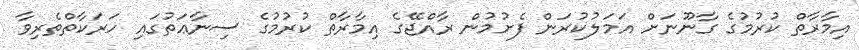
އިމާރާތް ކުރުމުގެ ގާނޫނަށް އަމަލުކުރަން ފެށުމުން ރާއްޖޭގެ އިމާރާތް ކުރުމުގެ ސިނާޢަތުގައި ހަރަކާތްތެރިވާ